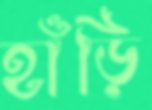
হাঁড়ি